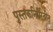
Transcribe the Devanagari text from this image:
पुस्तकनिर्मितीत